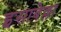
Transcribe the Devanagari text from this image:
इसाबेल्ला